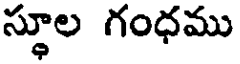
స్థూల గంధము